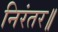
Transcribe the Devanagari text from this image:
निरंतर॥